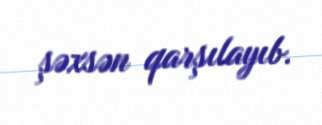
şəxsən qarşılayıb.